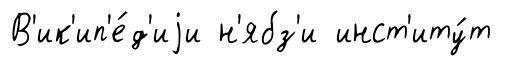
В'ик'ип'е́д'иjи н'ябз'и инст'иту́т